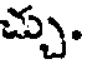
చ్చు.